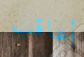
أعاقب